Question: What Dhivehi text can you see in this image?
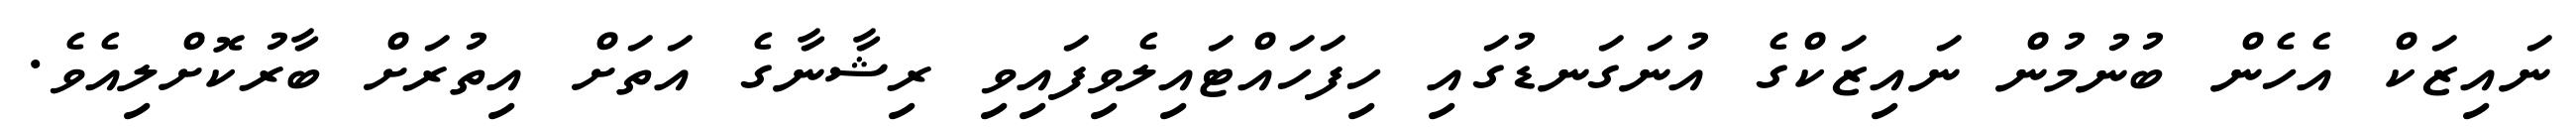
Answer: ނައިޒަކް އެހެން ބުނުމުން ނައިޒަކްގެ އުނަގަނޑުގައި ހިފަހައްޓައިލެވިފައިވި ރިޝާނާގެ އަތަށް އިތުރަށް ބާރުކޮށްލިއެވެ.